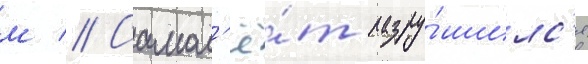
м // Самол'ё́т разру́шилс'я